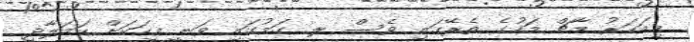
މިއަހަރު މާޗް މަހުގެ ތެރޭގައި ވެސް ލ. ގަމުގައި ވަނީ މީހަކަށް ހަމަލާދީ